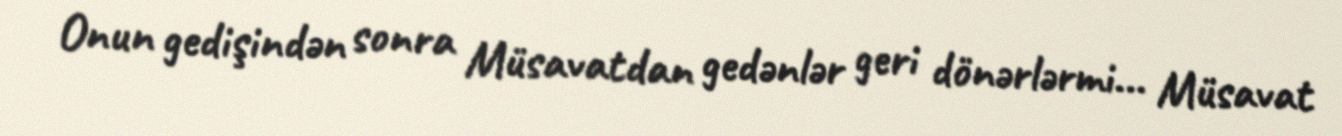
Onun gedişindən sonra Müsavatdan gedənlər geri dönərlərmi... Müsavat